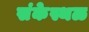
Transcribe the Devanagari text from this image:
संकेस्थळ